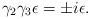
LaTeX: \begin{align*}\gamma _{2}\gamma _{3}\epsilon =\pm i\epsilon .\end{align*}